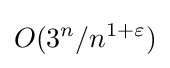
O(3^{n}/n^{1+\varepsilon })